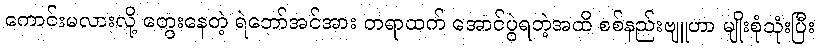
ကောင်းမလားလို့ တွေးနေတဲ့ ရဲဘော်အင်အား တရာထက် အောင်ပွဲရတဲ့အထိ စစ်နည်းဗျူဟာ မျိုးစုံသုံးပြီး